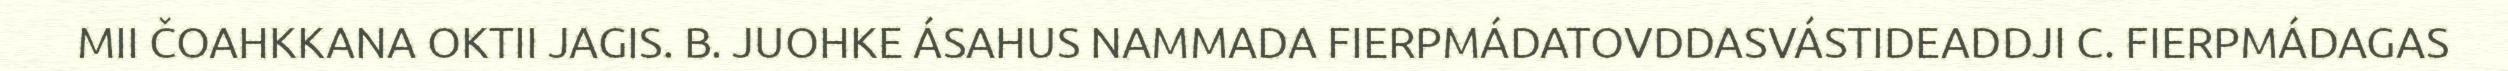
MII ČOAHKKANA OKTII JAGIS. B. JUOHKE ÁSAHUS NAMMADA FIERPMÁDATOVDDASVÁSTIDEADDJI C. FIERPMÁDAGAS